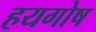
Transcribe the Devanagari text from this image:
हयगोष